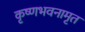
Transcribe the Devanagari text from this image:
कृष्णभवनामृत